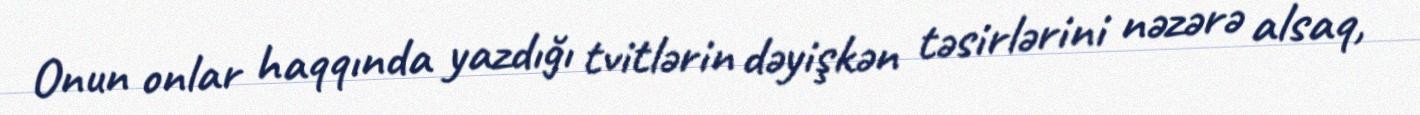
Onun onlar haqqında yazdığı tvitlərin dəyişkən təsirlərini nəzərə alsaq,